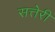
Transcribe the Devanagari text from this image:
सत्तेरी